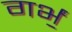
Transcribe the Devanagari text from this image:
गर्भं॒